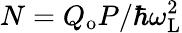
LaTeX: N=Q_{\mathrm{o}}P/\hbar\omega_{\mathrm{L}}^{2}